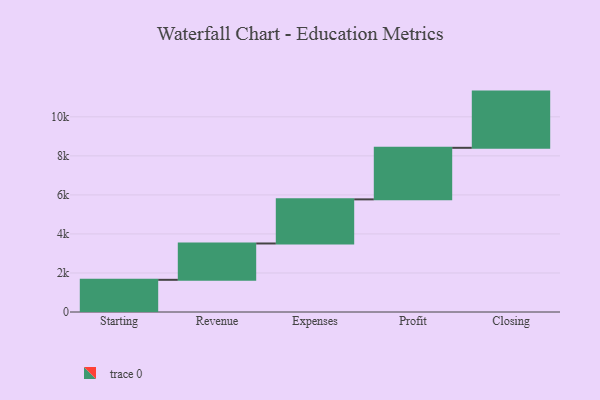
{"axis": {"x": "Step", "y": "Value"}, "legend": [""], "data": [{"x": "Starting", "y": 1649.0, "type": ""}, {"x": "Revenue", "y": 1862.0, "type": ""}, {"x": "Expenses", "y": 2260.0, "type": ""}, {"x": "Profit", "y": 2642.0, "type": ""}, {"x": "Closing", "y": 2880.0, "type": ""}]}